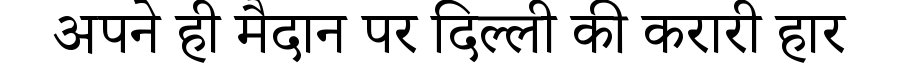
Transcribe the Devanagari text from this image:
अपने ही मैदान पर दिल्ली की करारी हार